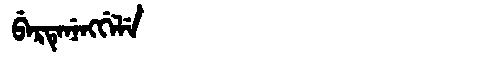
Manchu: ᠪᡝᡵᡨᡝᠨᡝᠩᡤᡝᠯᡝ
Romanization: BERTENENGGELE